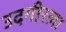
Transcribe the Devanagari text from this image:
उदगीरला